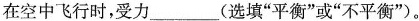
在空中飞行时，受力___(选填”平衡”或”不平衡”)。